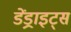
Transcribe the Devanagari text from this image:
डेंड्राइट्स